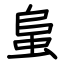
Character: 蛗